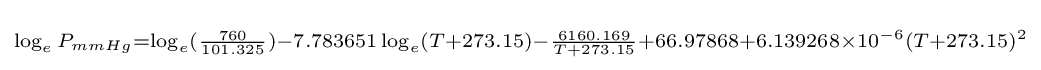
\scriptstyle \log _{e}P_{mmHg}=\log _{e}({\frac {760}{101.325}})-7.783651\log _{e}(T+273.15)-{\frac {6160.169}{T+273.15}}+66.97868+6.139268\times 10^{-6}(T+273.15)^{2}